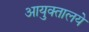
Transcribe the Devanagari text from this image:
आयुक्तालये